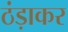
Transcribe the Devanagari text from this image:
ठंड़ाकर